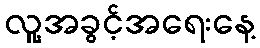
လူ့အခွင့်အရေးနေ့